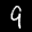
Label: 9